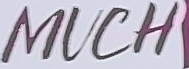
MUCH